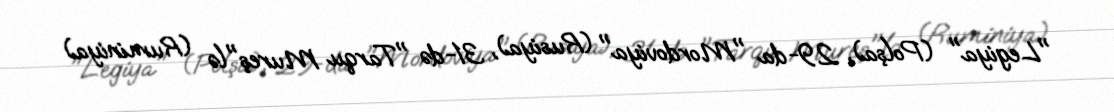
"Legiya" (Polşa), 29-da "Mordoviya" (Rusiya), 31-də "Tarqu Mureş"lə (Ruminiya)